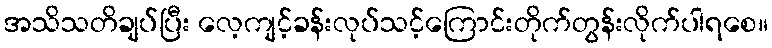
အသိသတိချပ်ပြီး လေ့ကျင့်ခန်းလုပ်သင့်ကြောင်းတိုက်တွန်းလိုက်ပါရစေ။